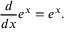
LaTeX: { \frac { d } { d x } } e ^ { x } = e ^ { x } .